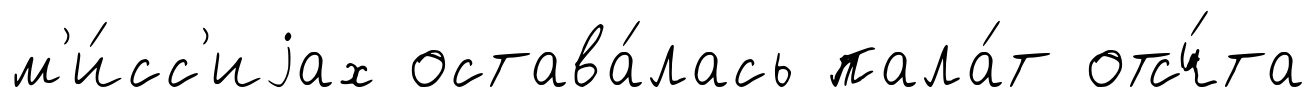
м'и́сс'иjах остава́лась пала́т отсч́та